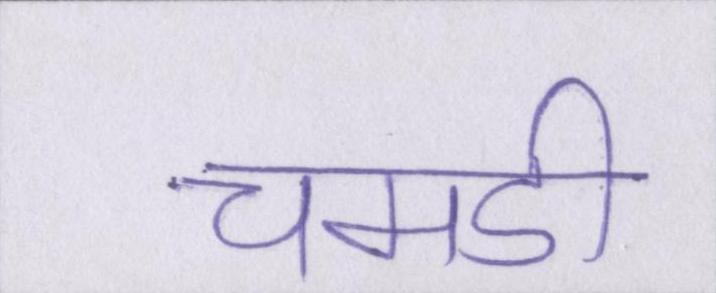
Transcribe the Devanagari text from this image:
चमडी